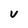
Character: v